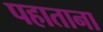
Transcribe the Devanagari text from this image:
पहाताना